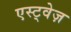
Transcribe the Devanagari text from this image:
एस्ट्वेज़